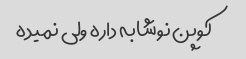
کوپن نوشابه داره ولی نمیده